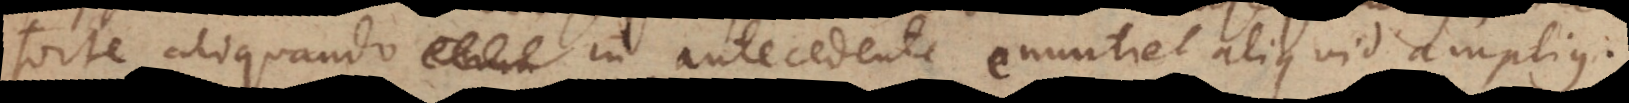
forte aliquando in antecedente enuntiet aliquid amplius.